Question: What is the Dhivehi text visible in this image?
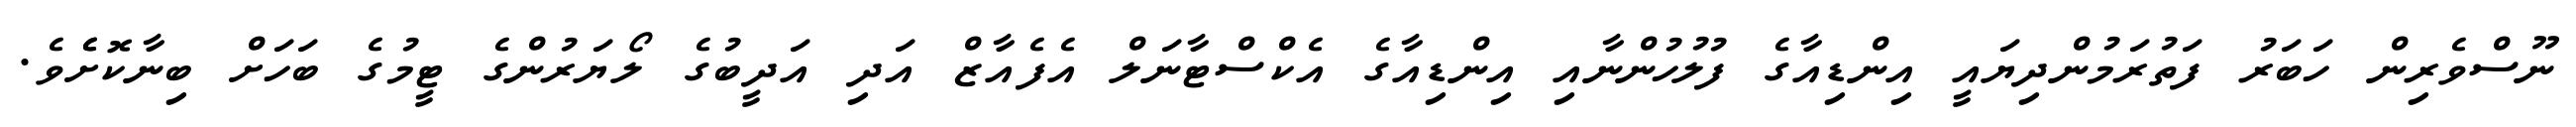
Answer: ނޫސްވެރިން ހަބަރު ފަތުރަމުންދިޔައީ އިންޑިއާގެ ފުލުހުންނާއި އިންޑިއާގެ އެކްސްޓާނަލް އެފެއާޒް އަދި އަދީބުގެ ލޯޔަރުންގެ ޓީމުގެ ބަހަށް ބިނާކޮށެެވެ.